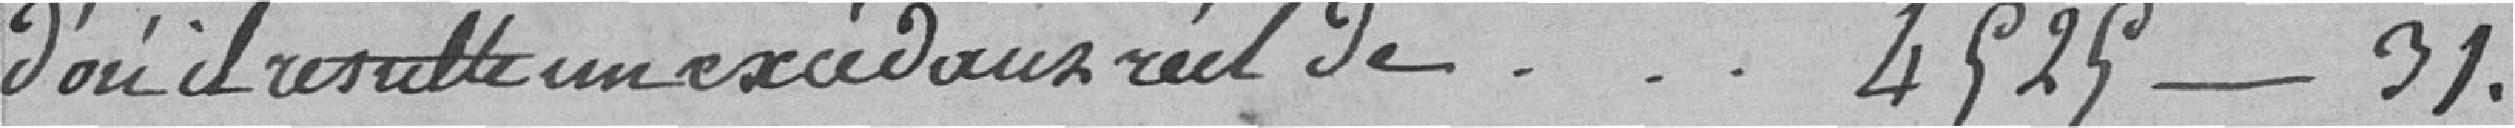
d'où il résulte un excédant réel de............ 4.525,31